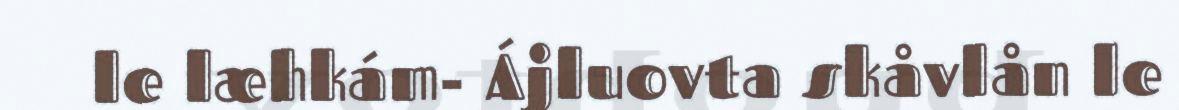
le læhkám- Ájluovta skåvlån le